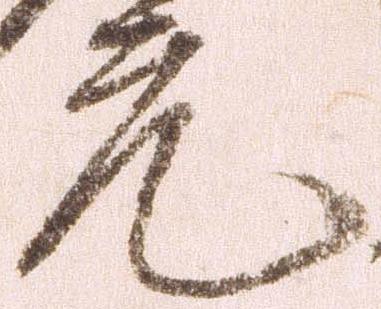
元